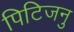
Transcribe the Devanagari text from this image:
पिटिजनु